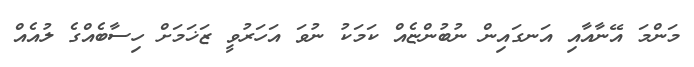
މަންމަ އޭނާއާއި އަނގައިން ނުބުންޏެއް ކަމަކު ނުވަ އަހަރުވީ ޒަޚަމަށް ހިސާބެއްގެ ލުއެއް